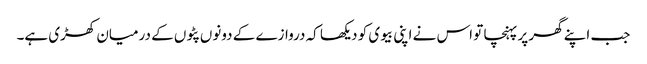
جب اپنے گھر پر پہنچا تو اس نے اپنی بیوی کو دیکھا کہ دروازے کے دونوں پٹوں کے درمیان کھڑی ہے۔